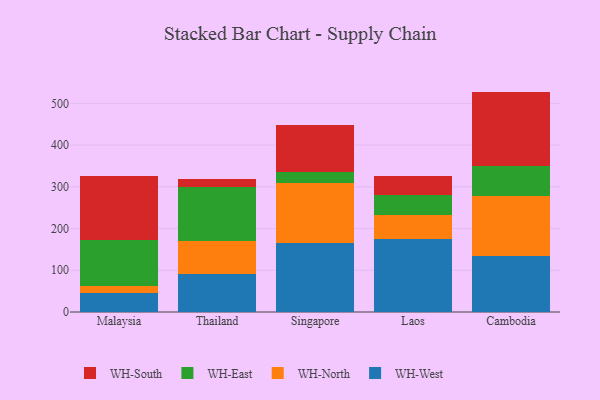
{"axis": {"x": "Country", "y": "Net Income (USD K)"}, "legend": ["WH-East", "WH-North", "WH-South", "WH-West"], "data": [{"x": "Malaysia", "y": 44.7, "type": "WH-West"}, {"x": "Malaysia", "y": 17.8, "type": "WH-North"}, {"x": "Malaysia", "y": 109.0, "type": "WH-East"}, {"x": "Malaysia", "y": 154.5, "type": "WH-South"}, {"x": "Thailand", "y": 92.0, "type": "WH-West"}, {"x": "Thailand", "y": 79.2, "type": "WH-North"}, {"x": "Thailand", "y": 129.5, "type": "WH-East"}, {"x": "Thailand", "y": 18.1, "type": "WH-South"}, {"x": "Singapore", "y": 164.4, "type": "WH-West"}, {"x": "Singapore", "y": 144.7, "type": "WH-North"}, {"x": "Singapore", "y": 26.4, "type": "WH-East"}, {"x": "Singapore", "y": 113.6, "type": "WH-South"}, {"x": "Laos", "y": 175.6, "type": "WH-West"}, {"x": "Laos", "y": 57.1, "type": "WH-North"}, {"x": "Laos", "y": 47.8, "type": "WH-East"}, {"x": "Laos", "y": 45.9, "type": "WH-South"}, {"x": "Cambodia", "y": 134.4, "type": "WH-West"}, {"x": "Cambodia", "y": 144.3, "type": "WH-North"}, {"x": "Cambodia", "y": 70.5, "type": "WH-East"}, {"x": "Cambodia", "y": 179.0, "type": "WH-South"}]}